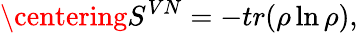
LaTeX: \centering S^{VN}=-tr(\rho\ln\rho),